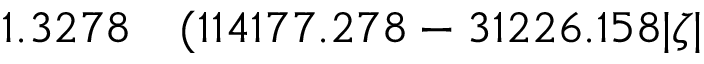
\begin{array} { r l } { 1 . 3 2 7 8 } & { { } ( 1 1 4 1 7 7 . 2 7 8 - 3 1 2 2 6 . 1 5 8 | \zeta | } \end{array}